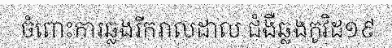
ចំពោះការឆ្លងរីករាលដាល ជំងឺឆ្លងកូវិដ១៩